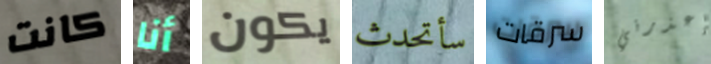
كانت أنا يكون سأتحدث سرقات إعذرني